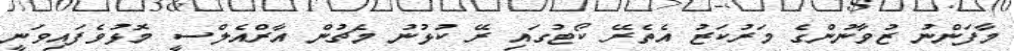
މާފަންނު ޒުވާނުންގެ މަރުކަޒު އެތެރޭ ކޯޓުގައި ރޭ ކުޅުނު މެޗުން އާރްއެލްސީ މޮޅުވެފައިވަނީ